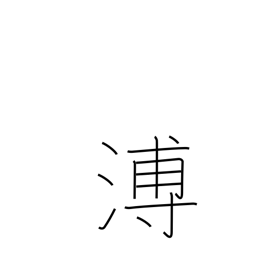
Meaning: far and wide